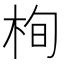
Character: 栒